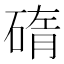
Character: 𥓿